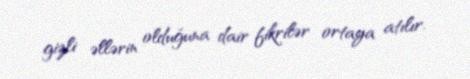
gizli əllərin olduğuna dair fikrilər ortaya atılır.